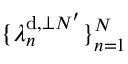
\{ \lambda _ { n } ^ { \mathrm { d } , \perp N ^ { \prime } } \} _ { n = 1 } ^ { N }